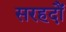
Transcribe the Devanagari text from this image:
सरहदौं